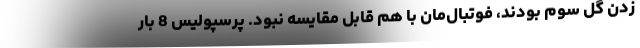
زدن گل سوم بودند، فوتبال‌مان با هم قابل مقایسه نبود. پرسپولیس 8 بار